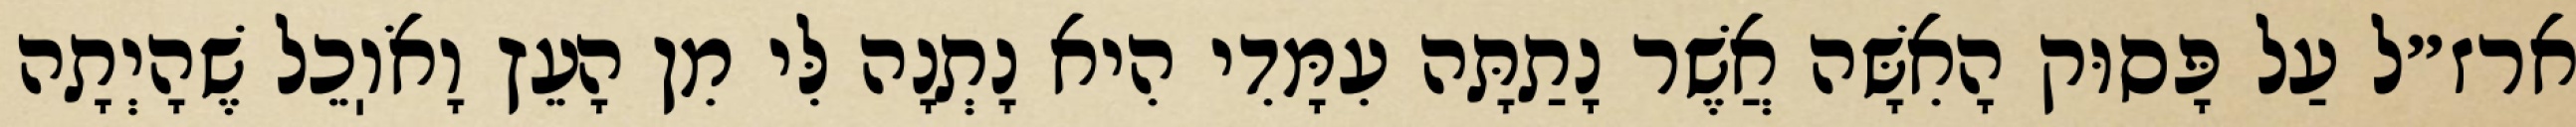
ארז״ל עַל פָּסוּק הָאִשָּׁה אֲשֶׁר נָתַתָּה עִמָּדִי הִיא נָתְנָה לִּי מִן הָעֵץ וָאֹוֽכֵל שֶׁהָיְתָה